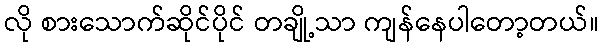
လို စားသောက်ဆိုင်ပိုင် တချို့သာ ကျန်နေပါတော့တယ်။